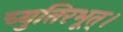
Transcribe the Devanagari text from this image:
च्युतिरभूत्।